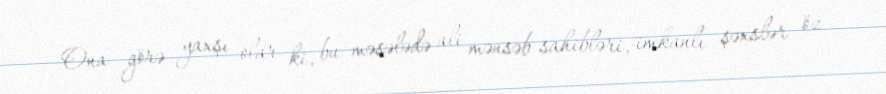
Ona görə yaxşı olar ki, bu məsələdə ali mənsəb sahibləri, imkanlı şəxslər öz